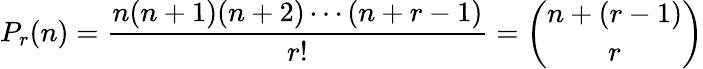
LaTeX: P_{r}(n)={\frac{n(n+1)(n+2)\cdots(n+r-1)}{r!}}={\binom{n+(r-1)}{r}}